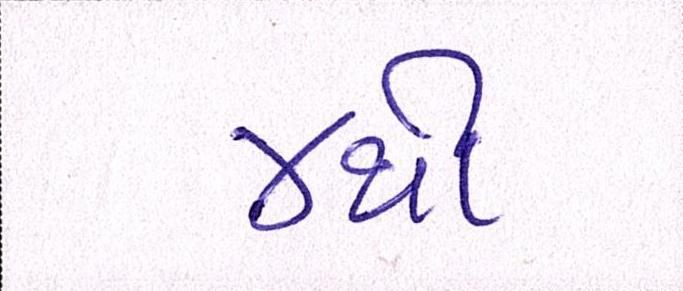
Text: ૪થી